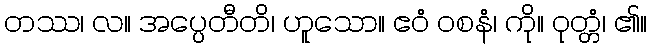
တဿ၊ လ။ အပ္ပေတီတိ၊ ဟူသော။ ဧဝံ ဝစနံ၊ ကို။ ဝုတ္တံ၊ ၏။